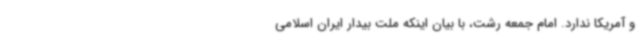
و آمریکا ندارد. امام جمعه رشت، با بیان اینکه ملت بیدار ایران اسلامی